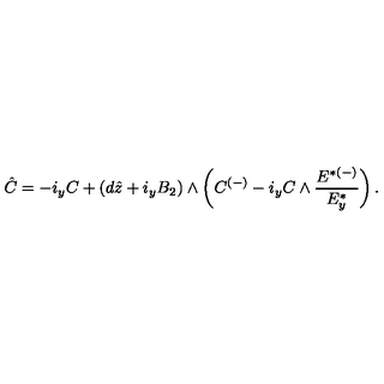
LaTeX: \hat { C } = - i _ { y } C + ( d \hat { z } + i _ { y } B _ { 2 } ) \wedge \left( C ^ { ( - ) } - i _ { y } C \wedge { \frac { { E } ^ { { * } ( - ) } } { { E } _ { y } ^ { { * } } } } \right) .